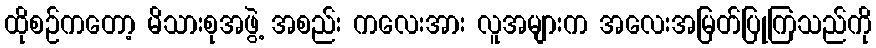
ထိုစဉ်ကတော့ မိသားစုအဖွဲ့ အစည်း ကလေးအား လူအများက အလေးအမြတ်ပြုကြသည်ကို